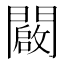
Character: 闙